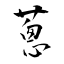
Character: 蔥